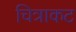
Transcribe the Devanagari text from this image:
चित्राकट